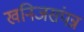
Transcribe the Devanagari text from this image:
खनिजसंपन्न